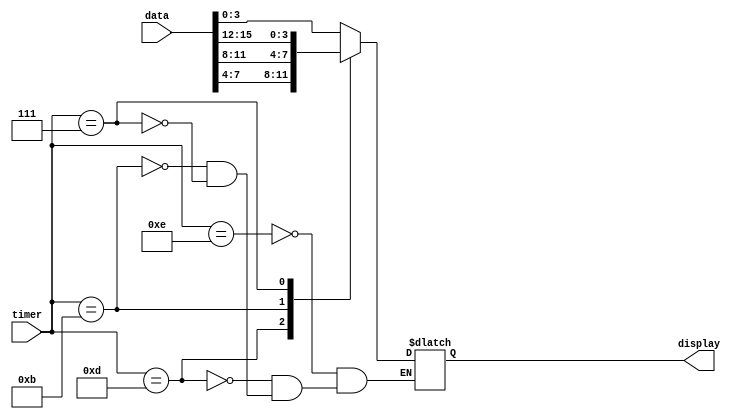
`timescale 1ns / 1ps
//////////////////////////////////////////////////////////////////////////////////
// Company: 
// Engineer: 
// 
// Design Name: 
// Module Name: pick_data
// Project Name: 
// Target Devices: 
// Tool Versions: 
// Description: 
// 
// Dependencies: 
// 
// Revision:
// Revision 0.01 - File Created
// Additional Comments:
// 
//////////////////////////////////////////////////////////////////////////////////


module pick_data(
    input [3:0] timer,
    input [15:0] data,
    output reg [3:0] display
    );
    always @ (timer) begin
        case (timer) 
            4'b1110: display = data[3:0];
            4'b1101: display = data[7:4];
            4'b1011: display = data[11:8];
            4'b0111: display = data[15:12];
        endcase
    end
endmodule